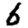
Digit: 6